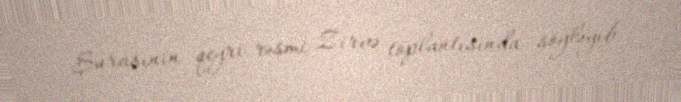
Şurasının qeyri-rəsmi Zirvə toplantısında söyləyib.